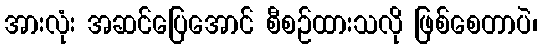
အားလုံး အဆင်ပြေအောင် စီစဉ်ထားသလို ဖြစ်စေတာပဲ၊